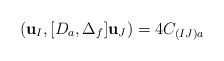
\begin{align*}({\bf u}_I,[D_a,\Delta_f]{\bf u}_J)=4C_{(IJ)a}\end{align*}